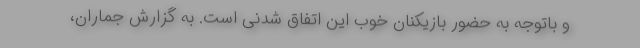
و باتوجه به حضور بازیکنان خوب این اتفاق شدنی است. به گزارش جماران،